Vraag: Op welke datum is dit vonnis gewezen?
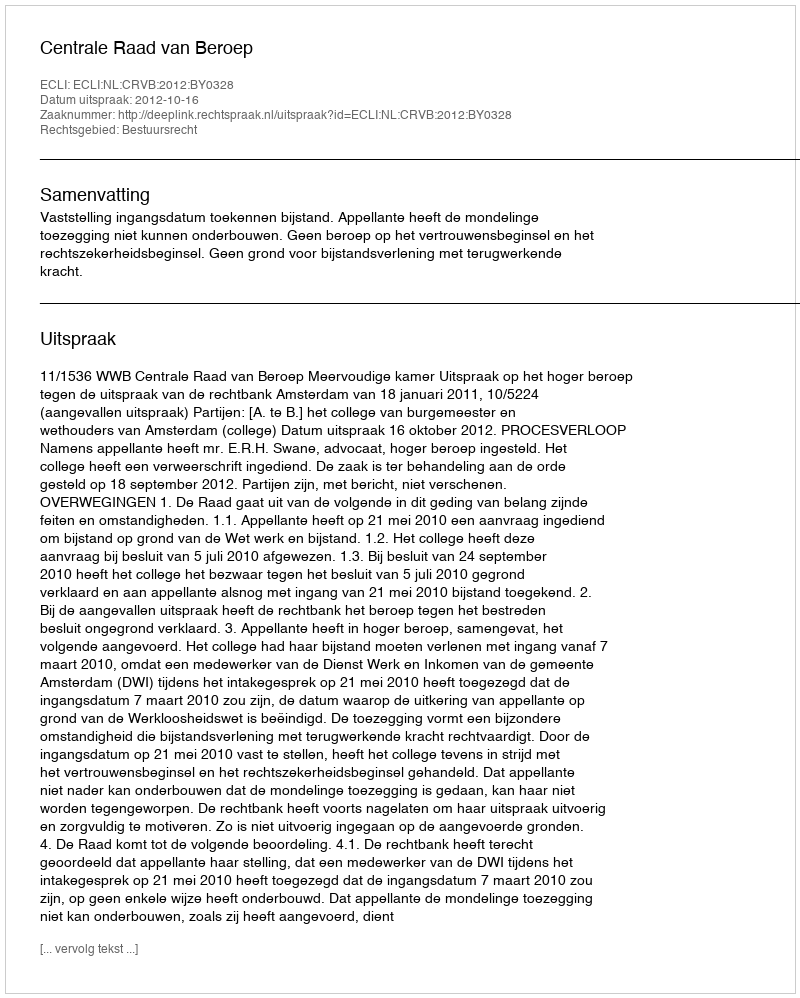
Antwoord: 2012-10-16